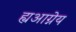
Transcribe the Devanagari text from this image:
ह्यआग्नेय